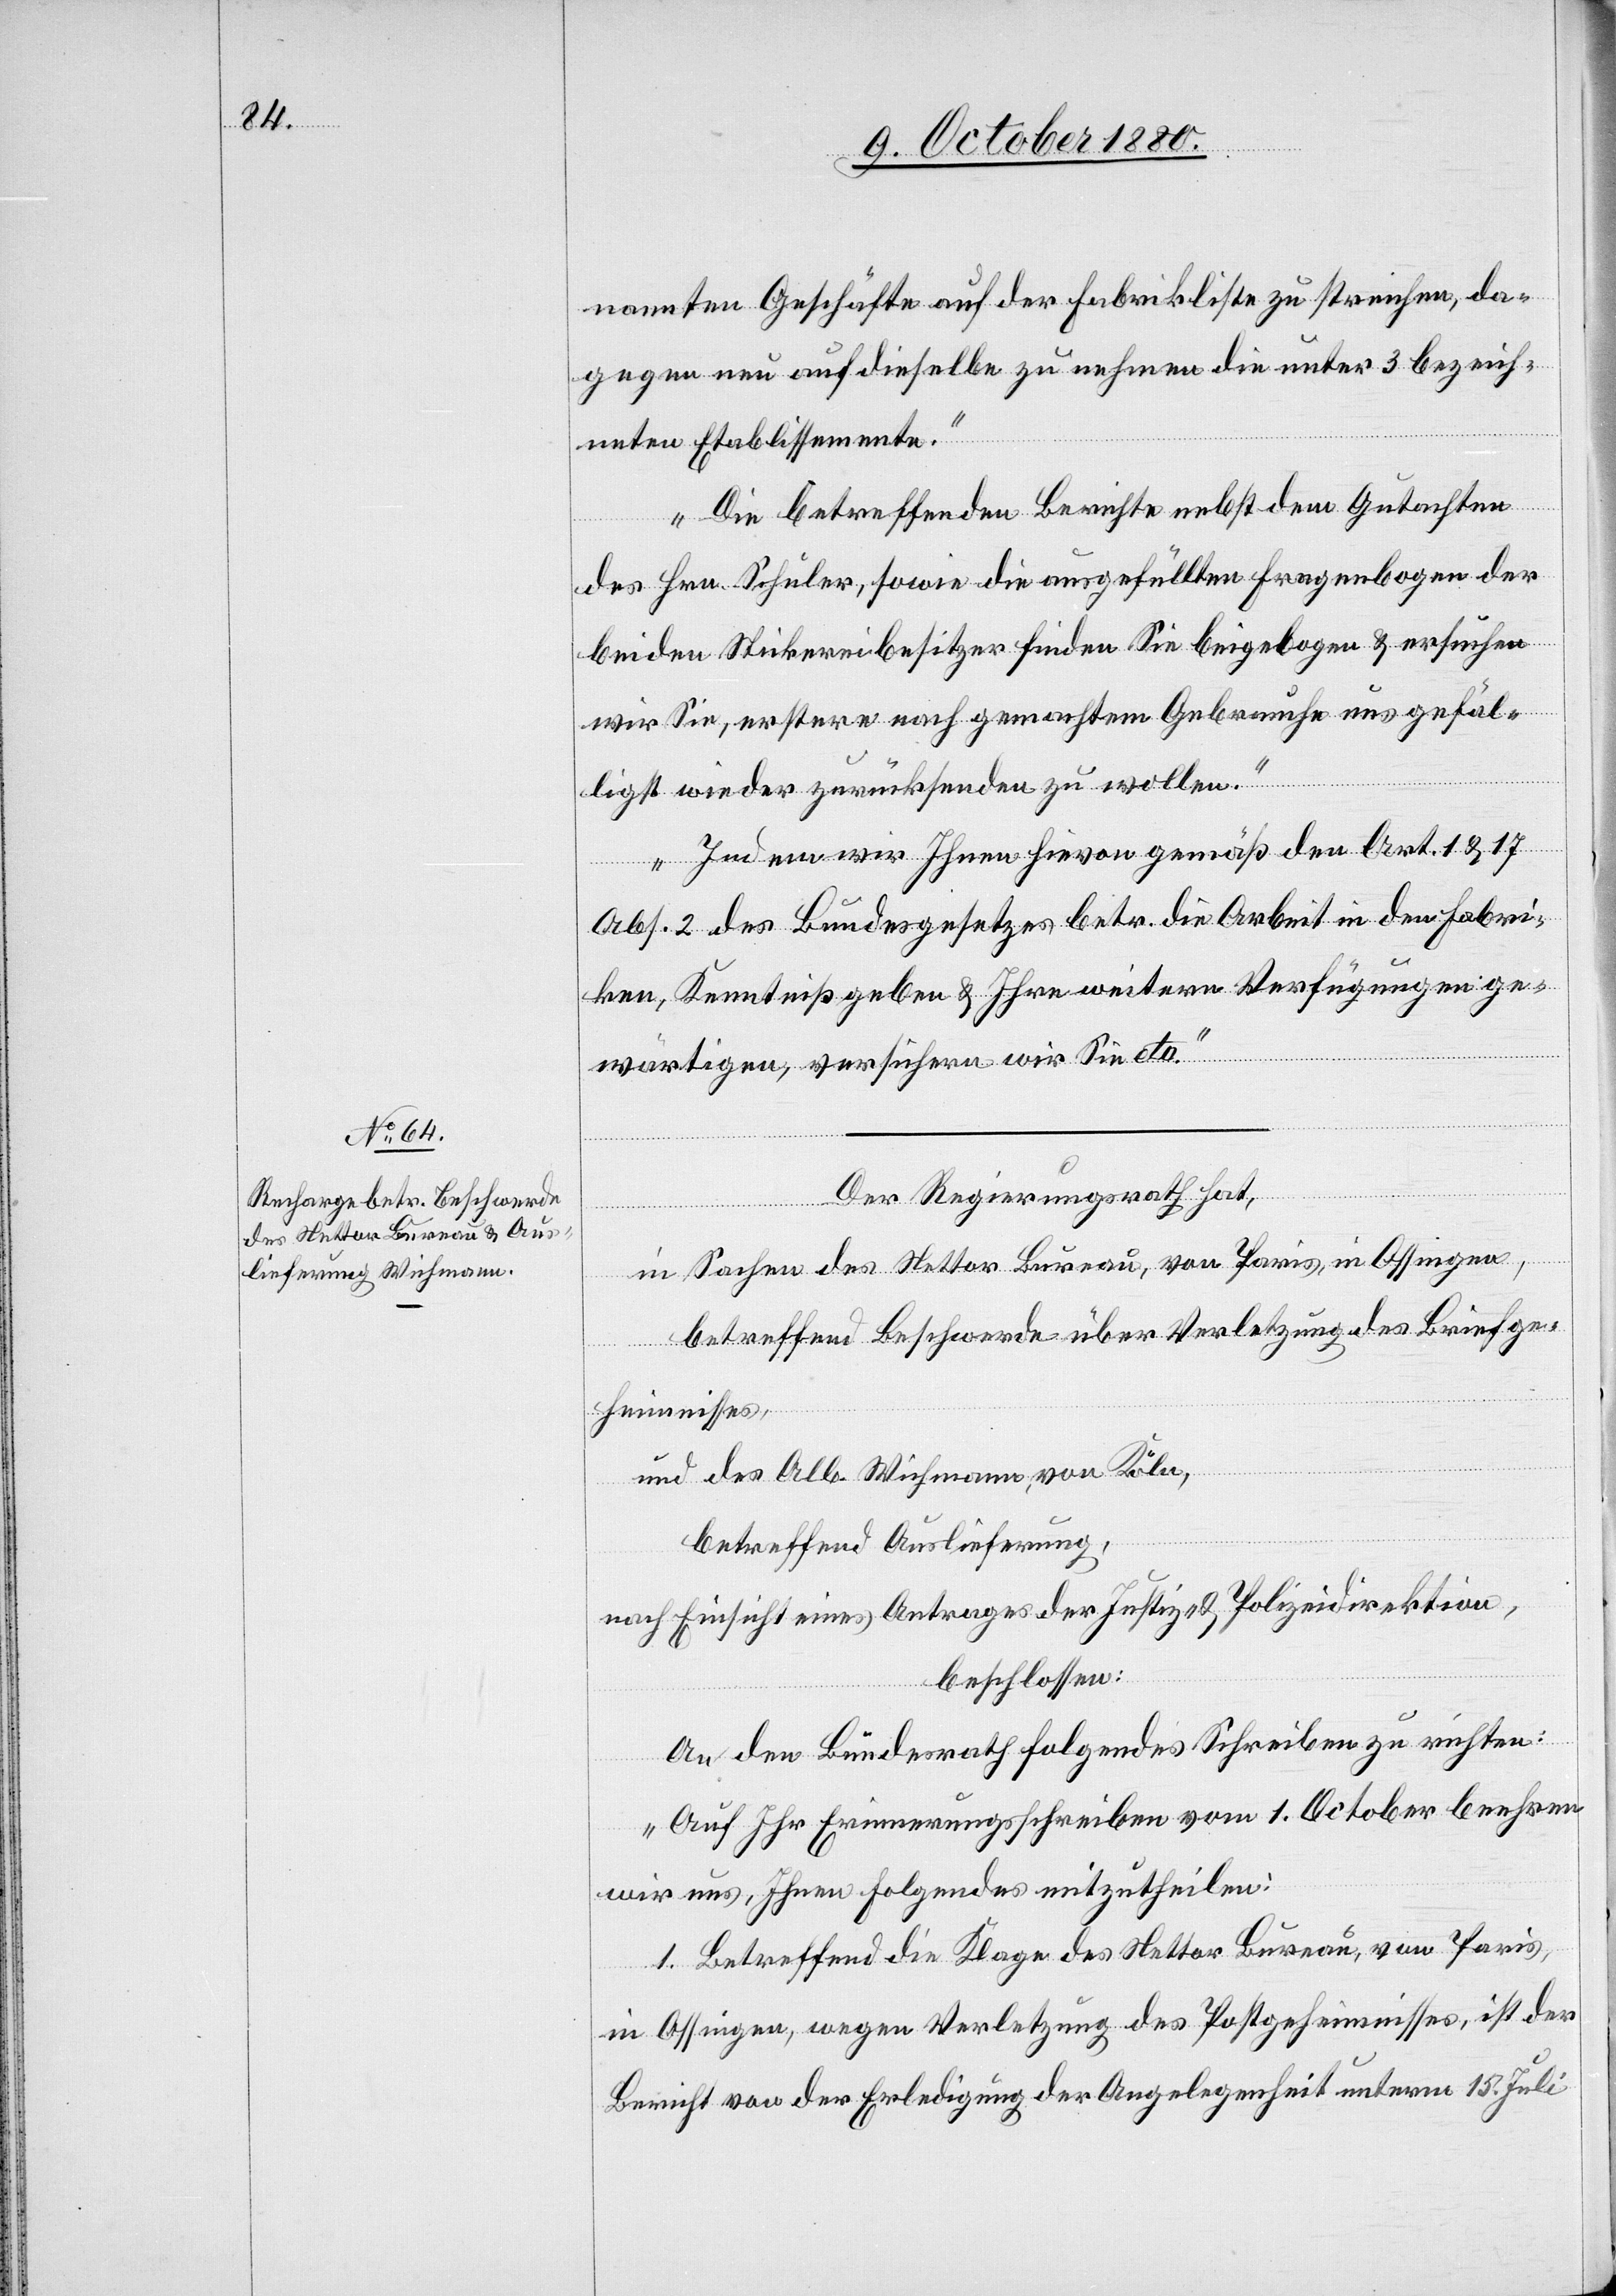
nannten Geschäfte auf der Fabrikliste zu streichen, da¬
gegen neu auf dieselbe zu nehmen die unter 3 bezeich¬
neten Etablissemente.
Die betreffenden Berichte nebst dem Gutachten
des Hrn. Schuler, sowie die ausgefüllten Fragenbogen der
beiden Stickereibesitzer finden Sie beigebogen & ersuchen
wir Sie, erstere nach gemachtem Gebrauche uns gefäl¬
ligst wieder zurücksenden zu wollen.
Indem wir Ihnen hievon gemäß den Art. 1 & 17
Abs. 2 des Bundesgesetzes betr. die Arbeit in den Fabri¬
ken, Kenntniß geben &Ihre weitere Verfügungen ge¬
wärtigen, versichern wir Sie etc.“
Der Regierungsrath hat,
in Sachen des Nettor Bureau, von Paris, in Ossingen,
betreffend Beschwerde über Verletzung des Briefge¬
heimnisses,
und des Alb. Wichmann von Köln,
betreffend Auslieferung,
nach Einsicht eines Antrages der Justiz- & Polizeidirektion,
beschlossen:
An den Bundesrath folgendes Schreiben zu richten:
„Auf Ihr Erinnerungsschreiben vom 1. October beehren
wir uns, Ihnen Folgendes mitzutheilen:
1. Betreffend die Klage des Nettor Bureau, von Paris,
in Ossingen, wegen Verletzung des Postgeheimnisses, ist der
Bericht von der Erledigung der Angelegenheit unterm 15. Juli